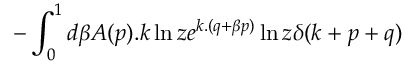
- \int _ { 0 } ^ { 1 } d \beta A ( p ) . k \ln z e ^ { k . ( q + \beta p ) } \ln z \delta ( k + p + q )